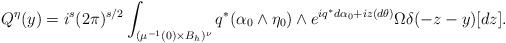
LaTeX: \begin{align*} Q^\eta(y)&=i^s(2\pi)^{s/2} \int_{(\mu^{-1}(0) \times B_h)^\nu} q^*(\alpha_0 \wedge \eta_0) \wedge e^{iq^*d\alpha_0 + iz(d\theta)} \Omega \delta(-z - y) [dz]. \end{align*}